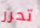
تحرر